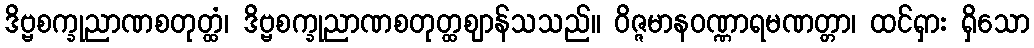
ဒိဗ္ဗစက္ခုညာဏစတုတ္ထံ၊ ဒိဗ္ဗစက္ခုညာဏစတုတ္ထဈာန်သသည်။ ဝိဇ္ဇမာနဝဏ္ဏာရမဏတ္တာ၊ ထင်ရှား ရှိသော